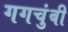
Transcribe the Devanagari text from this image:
गगचुंबी